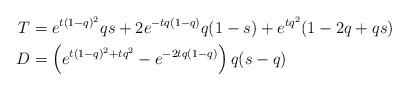
LaTeX: \begin{align*} T &= e^{t(1-q)^2} qs + 2 e^{-tq(1-q)}q(1-s) + e^{tq^2}(1-2q+qs) \\ D &= \left(e^{t(1-q)^2+tq^2}-e^{-2tq(1-q)}\right)q(s-q) \end{align*}